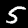
Label: 5